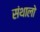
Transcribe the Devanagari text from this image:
संथालो